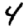
Digit: 4